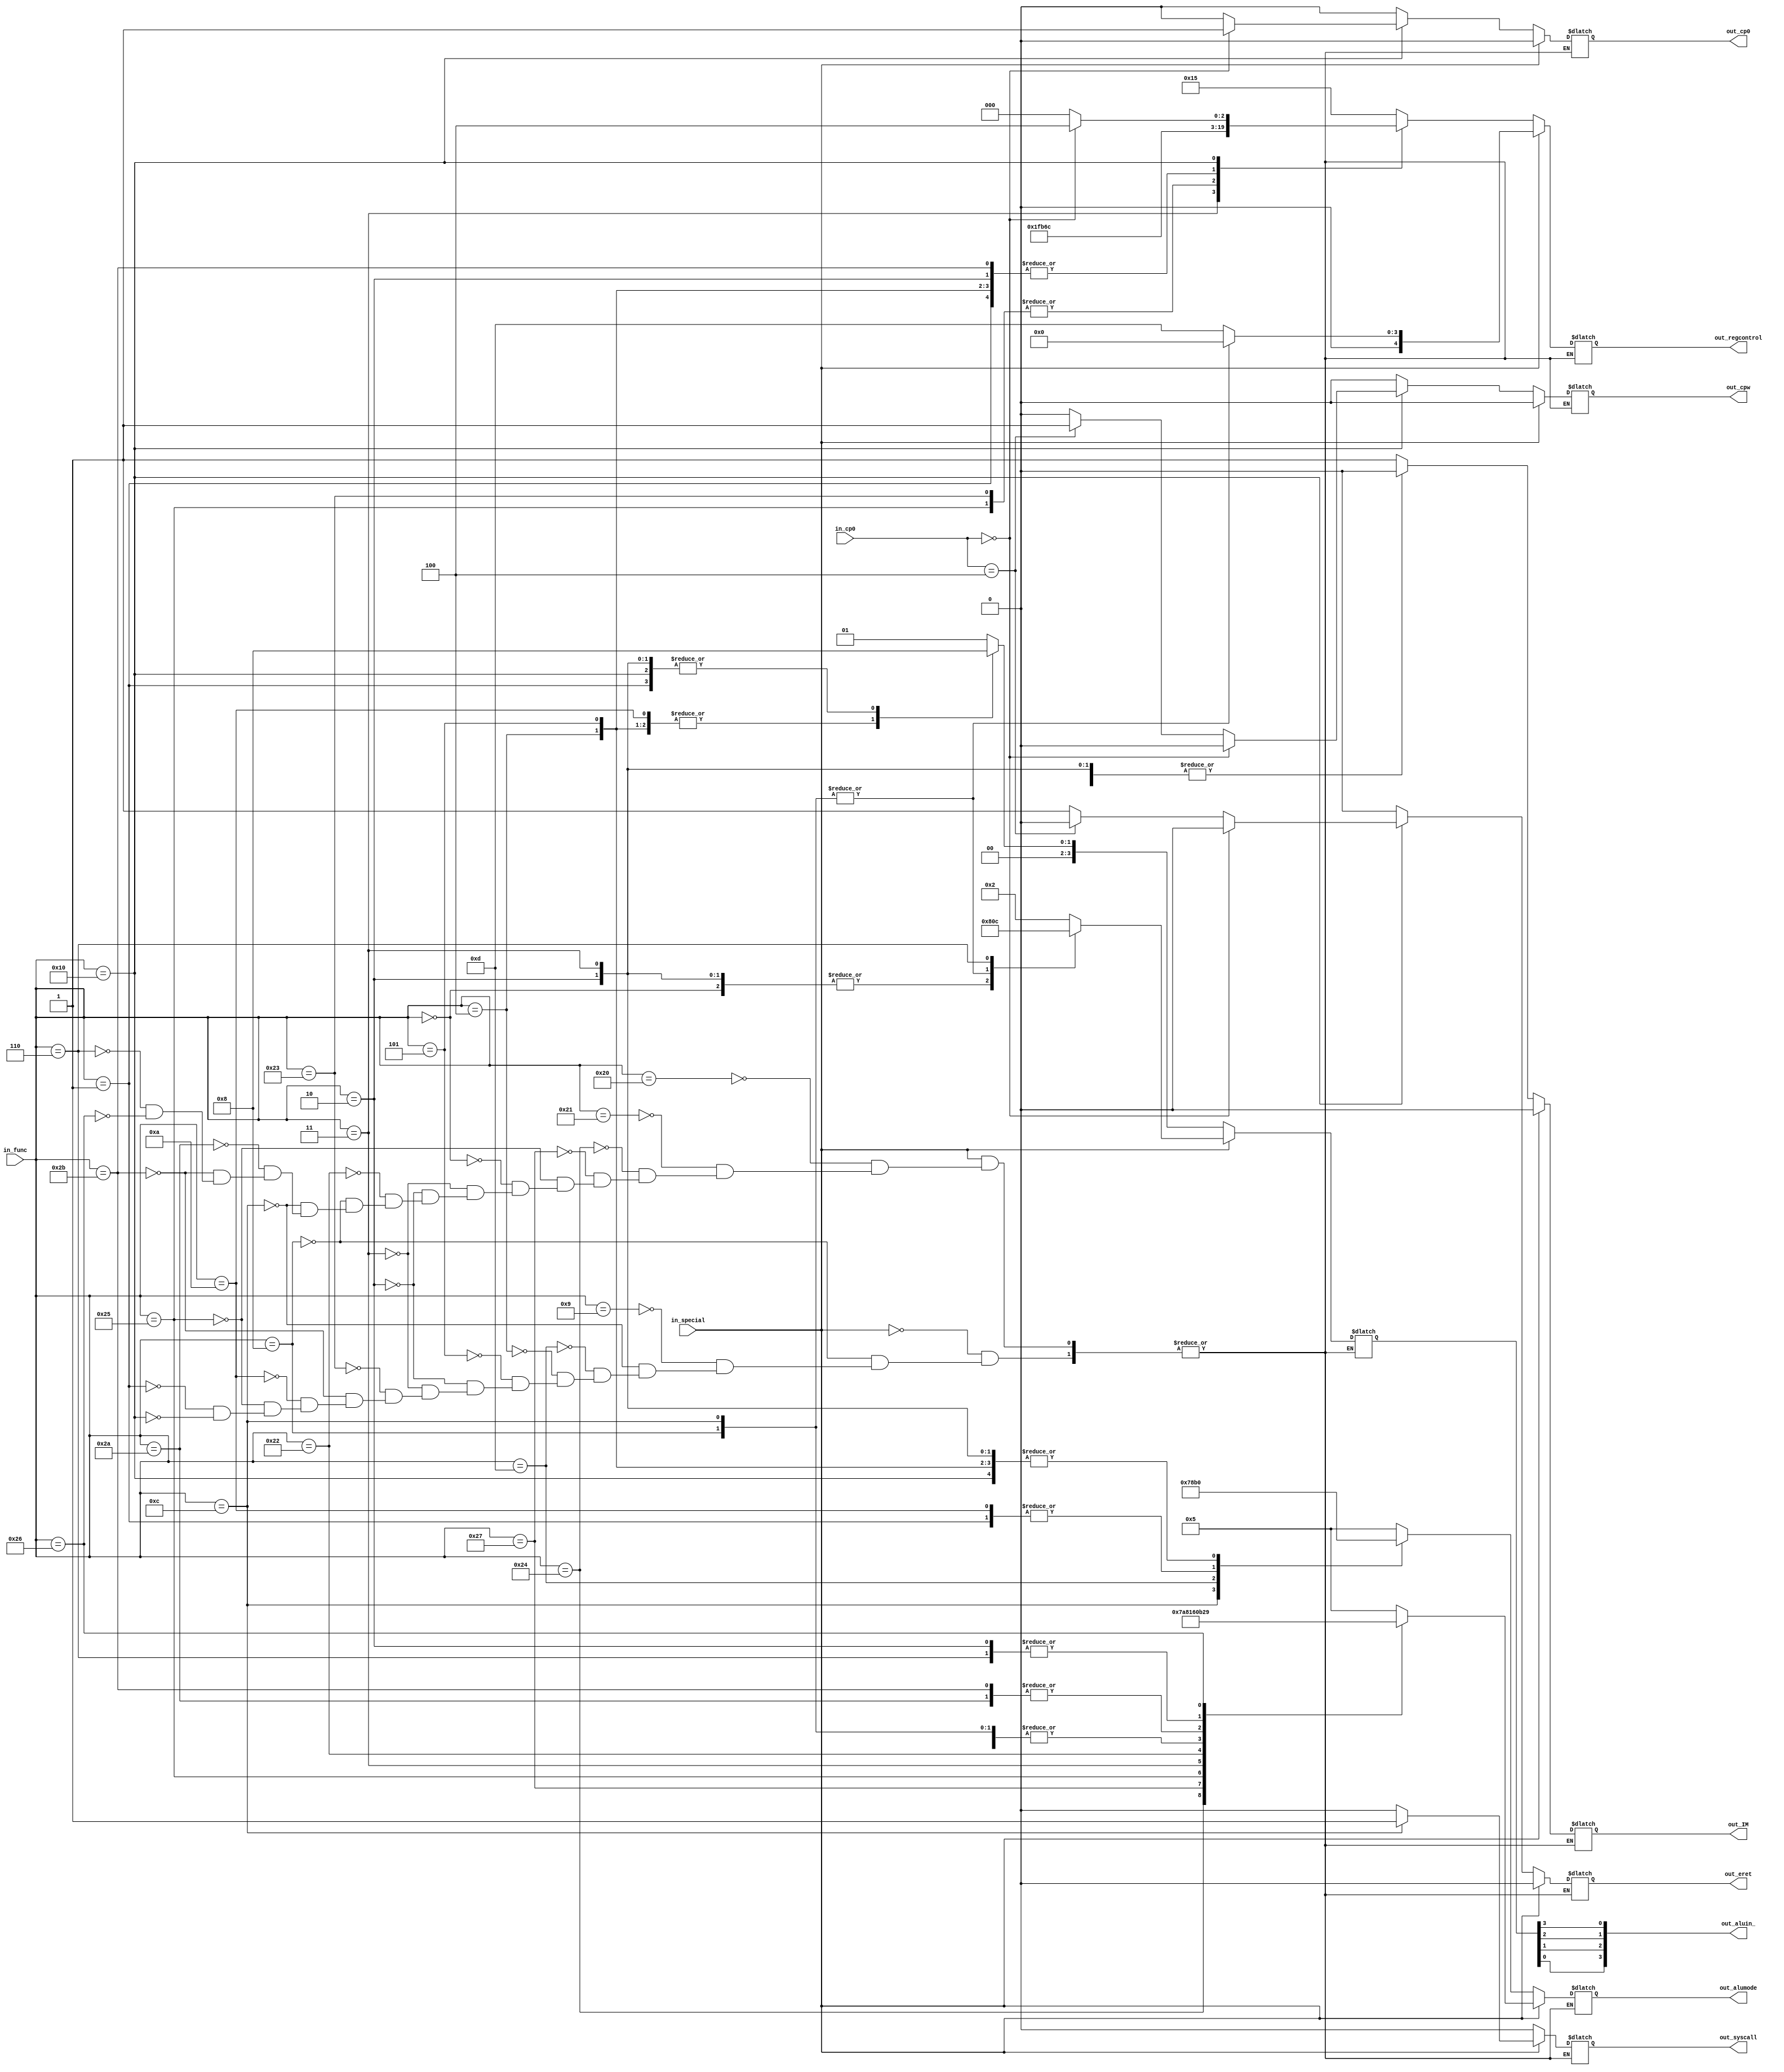
//==================================================================================================
//  Revision      : 
//
//  Description   : 
//
//
//==================================================================================================
module ARCONTROL(in_special,in_func,in_cp0,out_IM,out_alumode,out_aluin_,out_regcontrol,out_syscall,out_cp0,out_cpw,out_eret);
    input in_special;
    input [5:0]in_func;
    input [4:0]in_cp0;
    output reg out_IM = 0;
    output reg [3:0]out_alumode = 0;
    output reg [3:0]out_aluin_ = 0;
    output reg [4:0]out_regcontrol = 0;
    output reg out_syscall = 0;
    output reg out_cp0 = 0;
    output reg out_cpw = 0;
    output reg out_eret = 0;
    reg [3:0]out_aluin;

    //
    always @(*) begin
        out_aluin_[0] <= out_aluin[3];
        out_aluin_[1] <= out_aluin[2];
        out_aluin_[2] <= out_aluin[1];
        out_aluin_[3] <= out_aluin[0];
        if(in_special) begin
            case(in_func)
                6'b100000:begin//add#
                    out_IM <= 0;
                    out_alumode <= 4'b0101;
                    out_aluin <= 4'b0010;
                    out_regcontrol <= 5'b01101;
                    out_syscall <= 0;
                    out_cp0 <= 0;
                    out_cpw <=0;
                    out_eret <= 0;
                end
                6'b100001:begin//addu#
                    out_IM <= 0;
                    out_alumode <= 4'b0101;
                    out_aluin <= 4'b0010;
                    out_regcontrol <= 5'b01101;
                    out_syscall <= 0;
                    out_cp0 <= 0;
                    out_cpw <=0;
                    out_eret <= 0;
                end
                6'b100100:begin//and#
                    out_IM <= 0;
                    out_alumode <= 4'b0111;
                    out_aluin <= 4'b0010;
                    out_regcontrol <= 5'b01101;
                    out_syscall <= 0;
                    out_cp0 <= 0;
                    out_cpw <=0;
                    out_eret <= 0;
                end
                6'b100111:begin//nor#
                    out_IM <= 0;
                    out_alumode <= 4'b1010;
                    out_aluin <= 4'b0010;
                    out_regcontrol <= 5'b01101;
                    out_syscall <= 0;
                    out_cp0 <= 0;
                    out_cpw <=0;
                    out_eret <= 0;
                end
                6'b100101:begin//or#
                    out_IM <= 0;
                    out_alumode <= 4'b1000;
                    out_aluin <= 4'b0010;
                    out_regcontrol <= 5'b01101;
                    out_syscall <= 0;
                    out_cp0 <= 0;
                    out_cpw <=0;
                    out_eret <= 0;
                end
                6'b000000:begin//sll
                    out_alumode <= 4'b0000;
                    out_aluin <= 4'b1000;
                    out_regcontrol <= 5'b01101;
                    out_syscall <= 0;
                    out_IM <= 0;
                    out_cp0 <= 0;
                    out_cpw <=0;
                    out_eret <= 0;
                end
                6'b000011:begin//sra
                    out_alumode <= 4'b0001;
                    out_aluin <= 4'b1000;
                    out_regcontrol <= 5'b01101;
                    out_syscall <= 0;
                    out_IM <= 0;
                    out_cp0 <= 0;
                    out_cpw <=0;
                    out_eret <= 0;
                end
                6'b000010:begin//srl
                    out_alumode <= 4'b0010;
                    out_aluin <= 4'b1000;
                    out_regcontrol <= 5'b01101;
                    out_syscall <= 0;
                    out_IM <= 0;
                    out_cp0 <= 0;
                    out_cpw <=0;
                    out_eret <= 0;
                end
                6'b100010:begin//sub#
                    out_alumode <= 4'b0110;
                    out_aluin <= 4'b0010;
                    out_regcontrol <= 5'b01101;
                    out_syscall <= 0;
                    out_IM <= 0;
                    out_cp0 <= 0;
                    out_cpw <=0;
                    out_eret <= 0;
                end
                6'b001000:begin//jr
                    out_alumode <= 4'b0000;
                    out_aluin <= 4'b0000;
                    out_regcontrol <= 5'b00000;
                    out_syscall <= 0;
                    out_IM <= 0;
                    out_cp0 <= 0;
                    out_cpw <=0;
                    out_eret <= 0;
                end
                6'b001100:begin//syscall
                    out_alumode <= 4'b0000;
                    out_aluin <= 4'b0000;
                    out_regcontrol <= 5'b00000;
                    out_syscall <= 1;
                    out_IM <= 0;
                    out_cp0 <= 0;
                    out_cpw <=0;
                    out_eret <= 0;
                end
                6'b101010:begin//slt#
                    out_alumode <= 4'b1011;
                    out_aluin <= 4'b0010;
                    out_regcontrol <= 5'b01101;
                    out_syscall <= 0;
                    out_IM <= 0;
                    out_cp0 <= 0;
                    out_cpw <=0;
                    out_eret <= 0;
                end
                6'b101011:begin//sltu
                    out_alumode <= 4'b1011;
                    out_aluin <= 4'b0010;
                    out_regcontrol <= 5'b01101;
                    out_syscall <= 0;
                    out_IM <= 0;
                    out_cp0 <= 0;
                    out_cpw <=0;
                    out_eret <= 0;
                end
                6'b000110:begin//srlv#
                    out_alumode <= 4'b0010;
                    out_aluin <= 4'b1100;
                    out_regcontrol <= 5'b01101;
                    out_syscall <= 0;
                    out_IM <= 0;
                    out_cp0 <= 0;
                    out_cpw <=0;
                    out_eret <= 0;
                end
                6'b100110:begin//xor#
                    out_alumode <= 4'b1001;
                    out_aluin <= 4'b0010;
                    out_regcontrol <= 5'b01101;
                    out_syscall <= 0;
                    out_IM <= 0;
                    out_cp0 <= 0;
                    out_cpw <=0;
                    out_eret <= 0;
                end
            endcase
        end
        else begin
            case(in_func)
                6'b001000:begin//addi#
                    out_alumode <= 4'b0101;
                    out_aluin <= 4'b0001;
                    out_regcontrol <= 5'b10101;
                    out_syscall <= 0;
                    out_IM <= 1;
                    out_cp0 <= 0;
                    out_cpw <=0;
                    out_eret <= 0;
                end
                6'b001001:begin//addiu#
                    out_alumode <= 4'b0101;
                    out_aluin <= 4'b0001;
                    out_regcontrol <= 5'b10101;
                    out_syscall <= 0;
                    out_IM <= 0;
                    out_cp0 <= 0;
                    out_cpw <=0;
                    out_eret <= 0;
                end
                6'b001100:begin//andi#
                    out_alumode <= 4'b0111;
                    out_aluin <= 4'b0001;
                    out_regcontrol <= 5'b10101;
                    out_syscall <= 0;
                    out_IM <= 0;
                    out_cp0 <= 0;
                    out_cpw <=0;
                    out_eret <= 0;
                end
                6'b001101:begin//ori#
                    out_alumode <= 4'b1000;
                    out_aluin <= 4'b0001;
                    out_regcontrol <= 5'b10101;
                    out_syscall <= 0;
                    out_IM <= 0;
                    out_cp0 <= 0;
                    out_cpw <=0;
                    out_eret <= 0;
                end
                6'b000100:begin//beq#
                    out_alumode <= 4'b0000;
                    out_aluin <= 4'b0010;
                    out_regcontrol <= 5'b11011;
                    out_syscall <= 0;
                    out_IM <= 1;
                    out_cp0 <= 0;
                    out_cpw <=0;
                    out_eret <= 0;
                end
                6'b000101:begin//bne#
                    out_alumode <= 4'b0000;
                    out_aluin <= 4'b0010;
                    out_regcontrol <= 5'b11011;
                    out_syscall <= 0;
                    out_IM <= 1;
                    out_cp0 <= 0;
                    out_cpw <=0;
                    out_eret <= 0;
                end
                6'b000010:begin//j#
                    out_alumode <= 4'b0000;
                    out_aluin <= 4'b0000;
                    out_regcontrol <= 5'b11011;
                    out_syscall <= 0;
                    out_IM <= 0;
                    out_cp0 <= 0;
                    out_cpw <=0;
                    out_eret <= 0;
                end
                6'b000011:begin//jal#
                    out_alumode <= 4'b0000;
                    out_aluin <= 4'b0000;
                    out_regcontrol <= 5'b11111;
                    out_syscall <= 0;
                    out_IM <= 0;
                    out_cp0 <= 0;
                    out_cpw <=0;
                    out_eret <= 0;
                end
                6'b100011:begin//lw#
                    out_alumode <= 4'b0101;
                    out_aluin <= 4'b0001;
                    out_regcontrol <= 5'b10110;
                    out_syscall <= 0;
                    out_IM <= 1;
                    out_cp0 <= 0;
                    out_cpw <=0;
                    out_eret <= 0;
                end
                6'b101011:begin//sw#
                    out_alumode <= 4'b0101;
                    out_aluin <= 4'b0001;
                    out_regcontrol <= 5'b11011;
                    out_syscall <= 0;
                    out_IM <= 1;
                    out_cp0 <= 0;
                    out_cpw <=0;
                    out_eret <= 0;
                end
                6'b001010:begin//slti#
                    out_alumode <= 4'b1011;
                    out_aluin <= 4'b0010;
                    out_regcontrol <= 5'b10101;
                    out_syscall <= 0;
                    out_IM <= 1;
                    out_cp0 <= 0;
                    out_cpw <=0;
                    out_eret <= 0;
                end
                6'b100101:begin//lhu#
                    out_alumode <= 4'b0101;
                    out_aluin <= 4'b0001;
                    out_regcontrol <= 5'b10110;
                    out_syscall <= 0;
                    out_IM <= 1;
                    out_cp0 <= 0;
                    out_cpw <=0;
                    out_eret <= 0;
                end
                6'b000001:begin//bgez
                    out_alumode <= 4'b1011;
                    out_aluin <= 4'b0000;
                    out_regcontrol <= 5'b11011;
                    out_syscall <= 0;
                    out_IM <= 1;
                    out_cp0 <= 0;
                    out_cpw <=0;
                    out_eret <= 0;
                end
                6'b010000:begin
                    if(in_cp0==0)begin//mfc0
                        out_alumode <= 0;
                        out_aluin <= 0;
                        out_regcontrol <= 5'b00100;
                        out_syscall <= 0;
                        out_IM <= 0;
                        out_cp0 <= 1;
                        out_cpw <=0;
                        out_eret <= 0;
                    end
                    else if(in_cp0==5'b00100) begin//mtc0
                        out_alumode <= 0;
                        out_aluin <= 0;
                        out_regcontrol <= 5'b00000;
                        out_syscall <= 0;
                        out_IM <= 0;
                        out_cp0 <= 0;
                        out_cpw <= 1;
                        out_eret <= 0;
                    end
                    else begin//eret
                        out_alumode <= 0;
                        out_aluin <= 0;
                        out_regcontrol <= 5'b00000;
                        out_syscall <= 0;
                        out_IM <= 0;
                        out_cp0 <= 0;
                        out_cpw <= 0;
                        out_eret <= 1;
                    end
                end
            endcase
        end
    end
endmodule